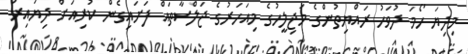
މިދިޔަ ހޯމަ ދުވަހު ރައްޔިތުންގެ މަޖިލީހުގެ މިއަހަރުގެ ޖަލްސާތައް ފަށައިގެން ކުރިއަށް ދިޔައިރު